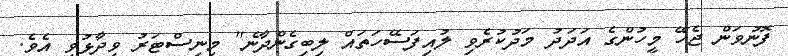
ފޮނުވަން ޖެހޭ މީހުންގެ އަދަދު މަދުކުރެވި ލުއިފަސޭހަތައް ލިބިގެންދާނެ" މިނިސްޓަރު ވިދާޅުވި އެވެ.